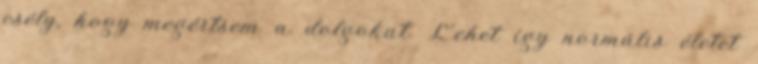
esély, hogy megértsem a dolgokat. Lehet így normális életet